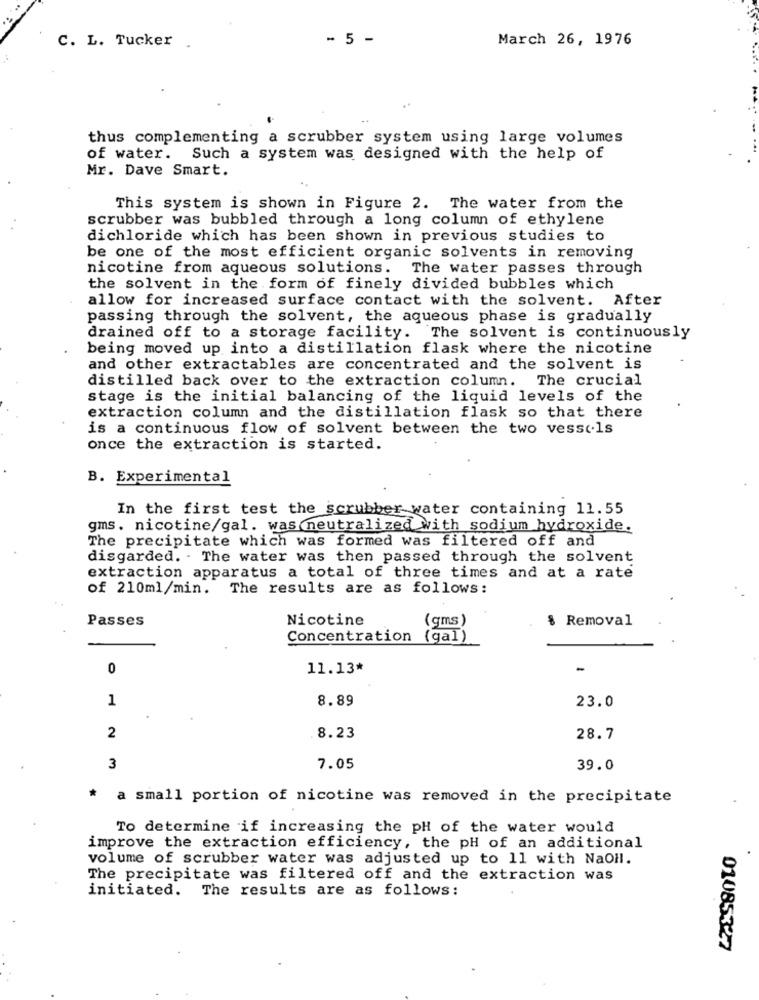
C. L. Tucker .
- 5 -
March 26, 1976
thus complementing a scrubber system using large volumes
of water. Such a system was designed with the help of
Mr. Dave Smart.
This system is shown in Figure 2. The water from the
scrubber was bubbled through a long column of ethylene
dichloride which has been shown in previous studies to
be one of the most efficient organic solvents in removing
nicotine from aqueous solutions. The water passes through
the solvent in the form of finely divided bubbles which
allow for increased surface contact with the solvent. After
passing through the solvent, the aqueous phase is gradually
drained off to a storage facility. The solvent is continuously
being moved up into a distillation flask where the nicotine
and other extractables are concentrated and the solvent is
distilled back over to the extraction column. The crucial
stage is the initial balancing of the liquid levels of the
extraction column and the distillation flask so that there
is a continuous flow of solvent between the two vessels
once the extraction is started.
B. Experimental
In the first test the scrubber water containing 11.55
gms. nicotine/gal. was neutralized with sodium hydroxide.
The precipitate which was formed was filtered off and
disgarded. - The water was then passed through the solvent
extraction apparatus a total of three times and at a rate
of 210ml/min. The results are as follows:
Passes
Nicotine
(gms)
$ Removal
Concentration (gal)
0
11.13*
-
1
8.89
23.0
2
8.23
28.7
3
7.05
39.0
* a small portion of nicotine was removed in the precipitate
To determine if increasing the pH of the water would
improve the extraction efficiency, the pH of an additional
volume of scrubber water was adjusted up to 11 with NaOH.
The precipitate was filtered off and the extraction was
initiated. The results are as follows:
01085327